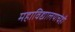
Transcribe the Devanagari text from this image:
महाविद्यालयाचेही